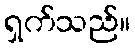
ရှက်သည်။